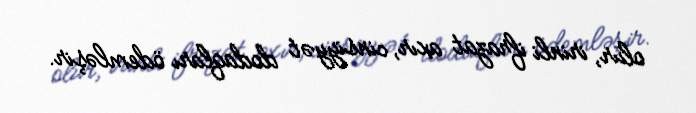
olur, irinli ifrazat axır, cinsiyyət dodaqları ödemləşir.